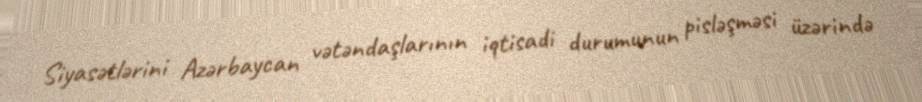
Siyasətlərini Azərbaycan vətəndaşlarının iqtisadi durumunun pisləşməsi üzərində